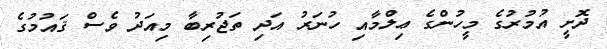
ދޮށީ އުމުރުގެ މީހުންގެ ޢިލްމާއި ހުނަރު އަދި ތަޖުރިބާ މިއަދު ވެސް ޤައުމުގެ